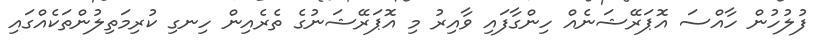
ފުލުހުން ހާއްސަ އޮޕަރޭޝަނެއް ހިންގާފައި ވާއިރު މި އޮޕަރޭޝަނުގެ ތެރެއިން ހިނގި ކުރިމަތިލުންތަކެއްގައި